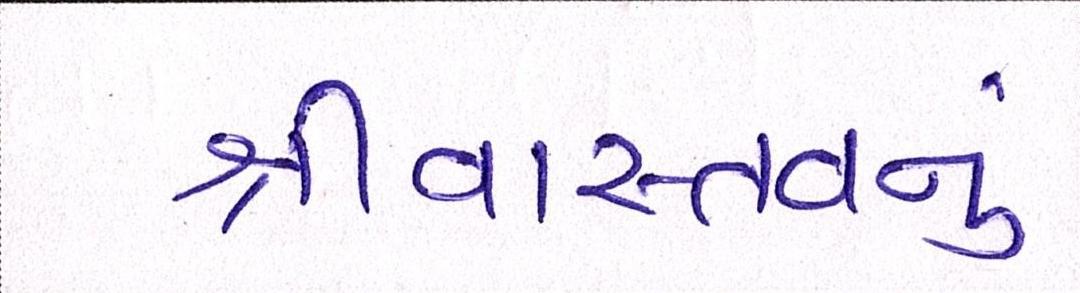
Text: શ્રીવાસ્તવનું